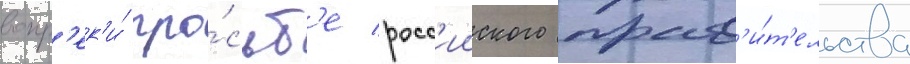
вопр'ек'и́ про́сьб'е росс'ииского прав'и́т'ельства